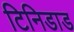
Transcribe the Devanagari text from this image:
टिनिडाड